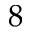
8